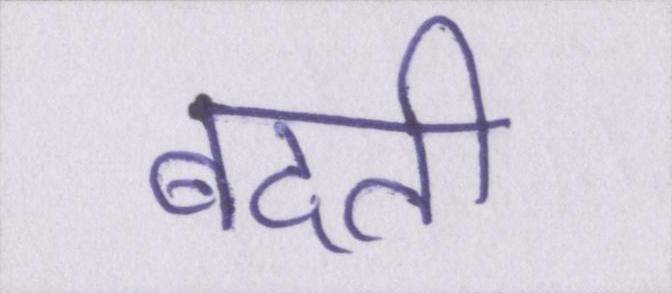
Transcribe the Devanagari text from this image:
बदती